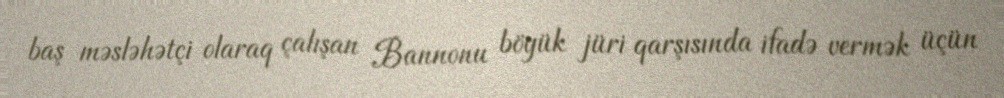
baş məsləhətçi olaraq çalışan Bannonu böyük jüri qarşısında ifadə vermək üçün